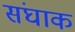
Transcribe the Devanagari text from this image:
संघाक